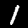
Digit: 1